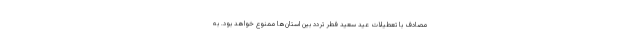
مصادف با تعطیلات عید سعید فطر تردد بین استان‌ها ممنوع خواهد بود. به